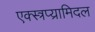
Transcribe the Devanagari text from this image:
एक्स्त्रप्य्रामिदल